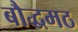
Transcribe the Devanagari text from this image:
बौद्धमठ